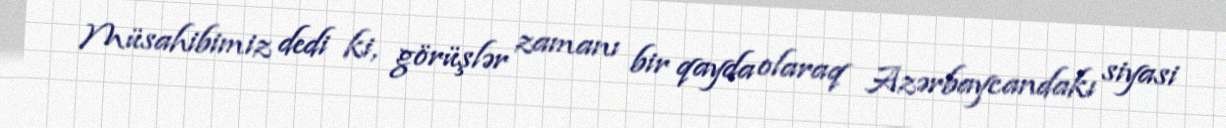
Müsahibimiz dedi ki, görüşlər zamanı bir qayda olaraq Azərbaycandakı siyasi